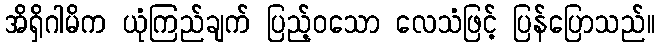
အိရှိဂါမိက ယုံကြည်ချက် ပြည့်ဝသော လေသံဖြင့် ပြန်ပြောသည်။